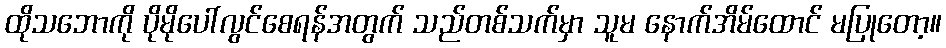
ထိုသဘောကို ပိုမိုပေါ်လွင်စေရန်အတွက် သည်တစ်သက်မှာ သူမ နောက်အိမ်ထောင် မပြုတော့။